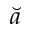
\breve { a }